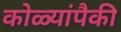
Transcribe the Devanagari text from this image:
कोळ्यांपैकी